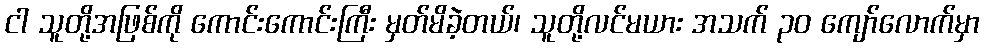
ငါ သူတို့အဖြစ်ကို ကောင်းကောင်းကြီး မှတ်မိခဲ့တယ်၊ သူတို့လင်မယား အသက် ၃၀ ကျော်လောက်မှာ